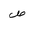
Letter: _sad